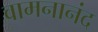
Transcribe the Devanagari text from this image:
वामनानंद